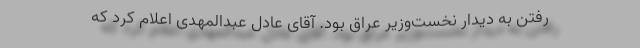
رفتن به دیدار نخست‌وزیر عراق بود. آقای عادل عبدالمهدی اعلام کرد که